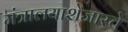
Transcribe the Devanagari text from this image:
मंत्रालयाशेजारचे